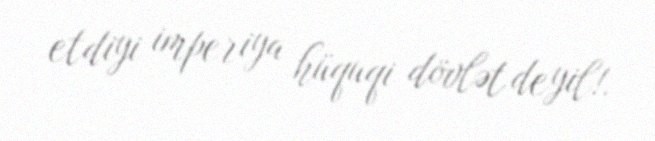
etdiyi imperiya hüquqi dövlət deyil!.